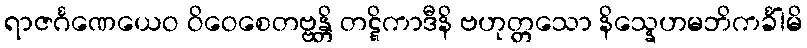
ရာဇင်္ဂဏေယေဝ ဝိဝေစေတဗ္ဗန္တိ တဋ္ဋိကာဒီနိ ဗဟုတ္တသော နိသ္နေဟမဘိကင်္ခါမိ